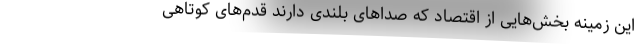
این زمینه بخش‌هایی از اقتصاد که صداهای بلندی دارند قدم‌های کوتاهی